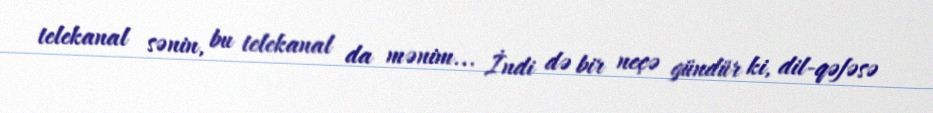
telekanal sənin, bu telekanal da mənim... İndi də bir neçə gündür ki, dil-qəfəsə